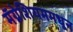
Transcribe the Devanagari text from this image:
मॅग्नेशियममधून